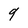
Character: 9